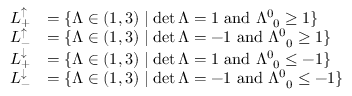
\begin{array} { r l } { L _ { + } ^ { \uparrow } } & { = \{ \Lambda \in \O ( 1 , 3 ) \mid \operatorname* { d e t } \Lambda = 1 \mathrm { ~ a n d ~ } \Lambda _ { \phantom { 0 } 0 } ^ { 0 } \geq 1 \} } \\ { L _ { - } ^ { \uparrow } } & { = \{ \Lambda \in \O ( 1 , 3 ) \mid \operatorname* { d e t } \Lambda = - 1 \mathrm { ~ a n d ~ } \Lambda _ { \phantom { 0 } 0 } ^ { 0 } \geq 1 \} } \\ { L _ { + } ^ { \downarrow } } & { = \{ \Lambda \in \O ( 1 , 3 ) \mid \operatorname* { d e t } \Lambda = 1 \mathrm { ~ a n d ~ } \Lambda _ { \phantom { 0 } 0 } ^ { 0 } \leq - 1 \} } \\ { L _ { - } ^ { \downarrow } } & { = \{ \Lambda \in \O ( 1 , 3 ) \mid \operatorname* { d e t } \Lambda = - 1 \mathrm { ~ a n d ~ } \Lambda _ { \phantom { 0 } 0 } ^ { 0 } \leq - 1 \} } \end{array}